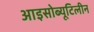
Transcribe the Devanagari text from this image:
आइसोब्यूटिलीन